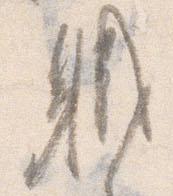
職